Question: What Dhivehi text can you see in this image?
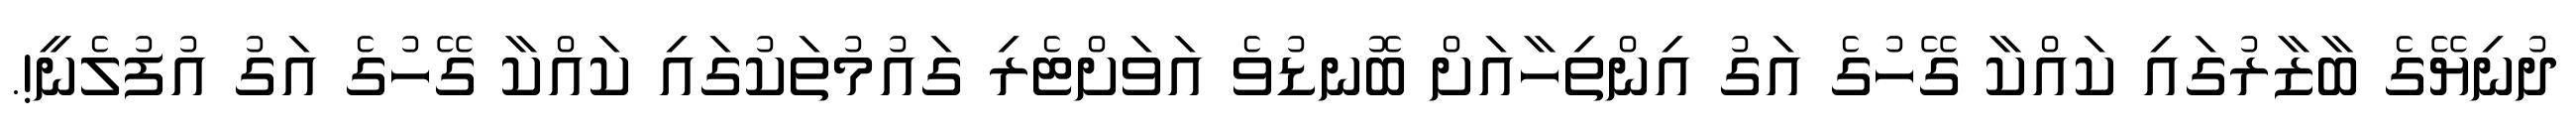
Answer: ދުނިޔޭގެ ބާޒާރުގައި ކައްކާ ގޭހުގެ އަގު އިންތިހާއަށް ބޮނޑުވެ އަވަށްޓެރި ގައުމުތަކުގައި ކައްކާ ގޭހުގެ އަގު އުފުލެނީ!.